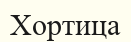
Хортица